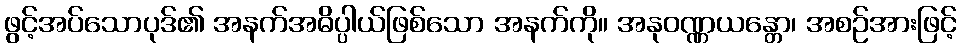
ဖွင့်အပ်သောပုဒ်၏ အနက်အဓိပ္ပါယ်ဖြစ်သော အနက်ကို။ အနုဝဏ္ဏယန္တော၊ အစဉ်အားဖြင့်